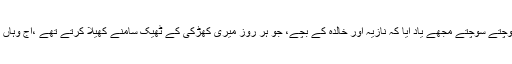
کچھ دیر سوچتے سوچتے مجھے یاد آیا کہ نازیہ اور خالدہ کے بچے، جو ہر روز میری کھڑکی کے ٹھیک سامنے کھیلا کرتے تھے ،آج وہاں نہیں تھے ۔